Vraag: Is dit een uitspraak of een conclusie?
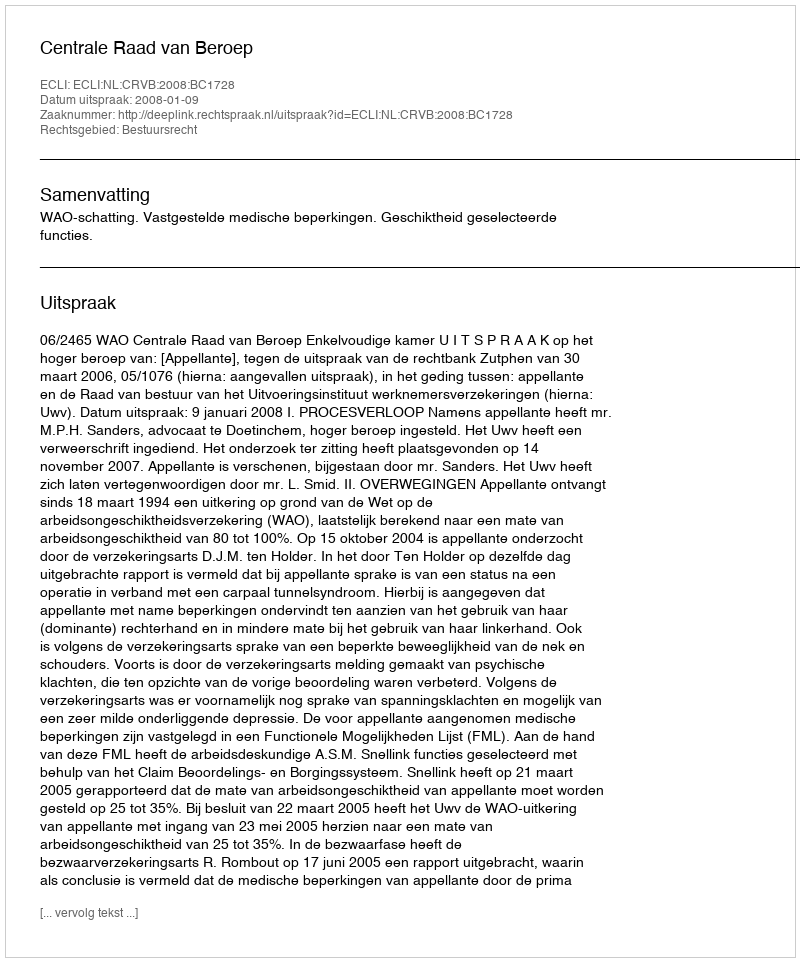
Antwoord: Uitspraak